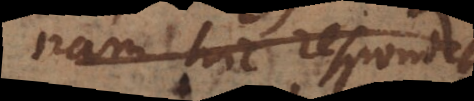
nam hic respondet